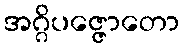
အဂ္ဂိပဇ္ဇောတော